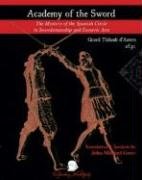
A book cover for Academy of the Sword; Gerard Thibault; Sports & Outdoors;